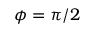
\phi = \pi / 2